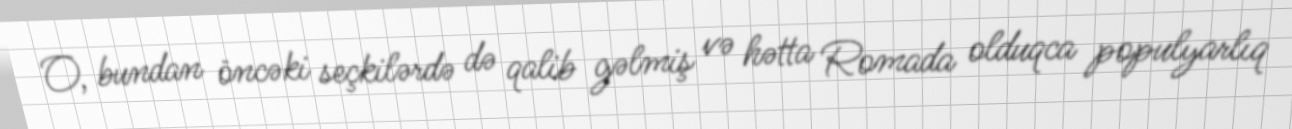
O, bundan öncəki seçkilərdə də qalib gəlmiş və hətta Romada olduqca populyarlıq